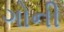
ગોની